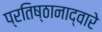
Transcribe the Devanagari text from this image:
प्रतिष्ठानाद्वारे